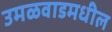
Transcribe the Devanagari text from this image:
उमळवाडमधील